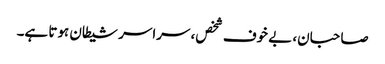
صاحبان، بے خوف شخص، سراسر شیطان ہوتا ہے۔